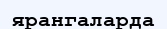
ярангаларда